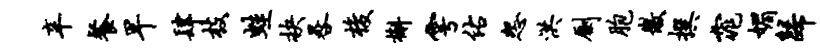
辛餐早肆枝蛙抉晷梭槲雩佑怨洪劂胞徽撰窕媚归